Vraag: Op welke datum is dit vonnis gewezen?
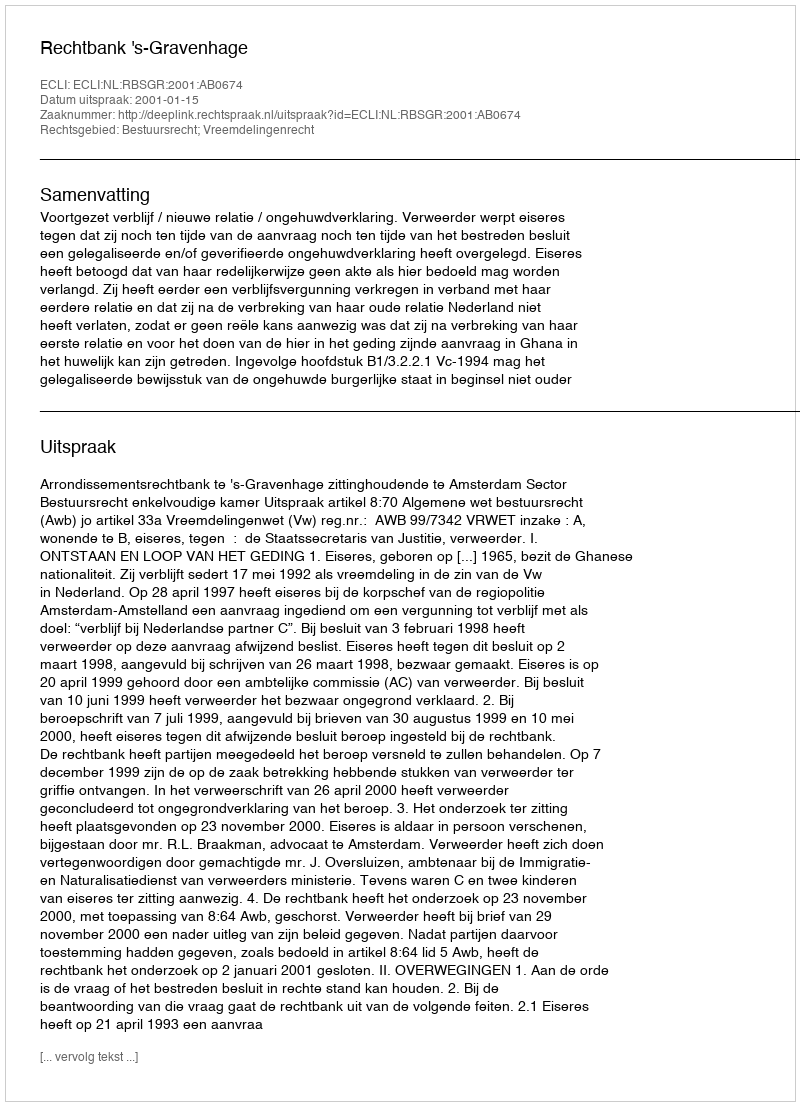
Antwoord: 2001-01-15